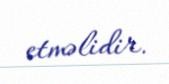
etməlidir.